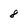
Character: 8